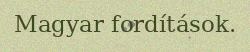
Magyar fordítások.